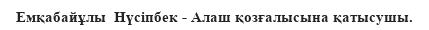
Емқабайұлы  Нүсіпбек - Алаш қозғалысына қатысушы.